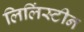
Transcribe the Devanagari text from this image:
लिलिंस्टीन